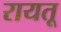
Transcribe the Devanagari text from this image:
रायतू